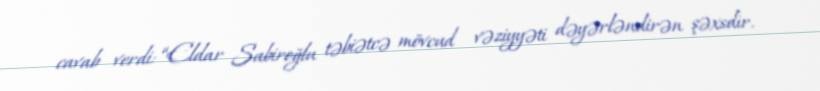
cavab verdi: “Eldar Sabiroğlu təbiətcə mövcud vəziyyəti dəyərləndirən şəxsdir.